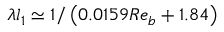
\lambda l _ { 1 } \simeq 1 / \left( 0 . 0 1 5 9 R e _ { b } + 1 . 8 4 \right)